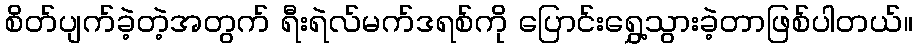
စိတ်ပျက်ခဲ့တဲ့အတွက် ရီးရဲလ်မက်ဒရစ်ကို ပြောင်းရွှေ့သွားခဲ့တာဖြစ်ပါတယ်။